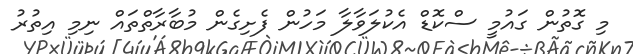
މި ގޮތުން ގައުމީ ސްކޮޑް އެކުލަވާލާ މަހުން ފެށިގެން މުބާރާތްތައް ނިމި އިތުރު